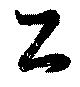
工